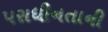
પરાધીનતાની